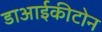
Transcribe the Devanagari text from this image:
डाआईकीटोन